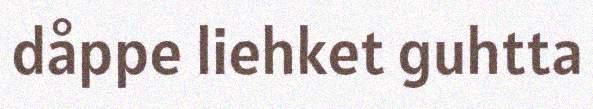
dåppe liehket guhtta